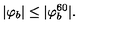
| \varphi _ { b } | \leq | \varphi _ { b } ^ { 6 0 } | .